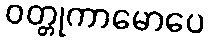
ဝတ္တုကာမောပေ